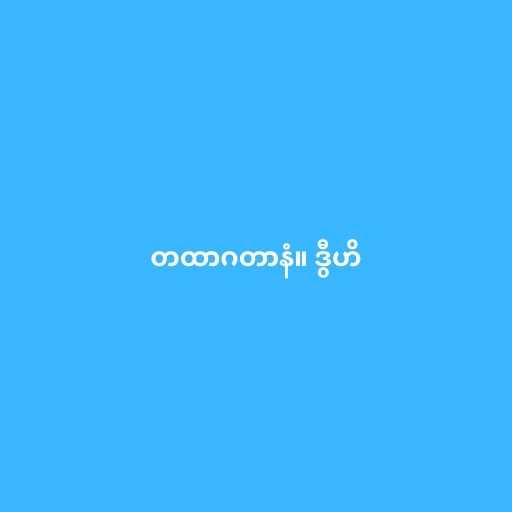
တထာဂတာနံ။ ဒွီဟိ